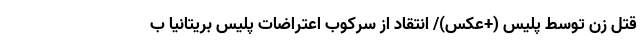
قتل زن توسط پلیس (+عکس)/ انتقاد از سرکوب اعتراضات پلیس بریتانیا ب